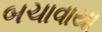
બચાવાયા